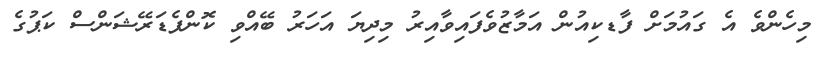
މިހެންވެ އެ ގައުމަށް ފާޑކިއުން އަމާޒުވެފައިވާއިރު މިދިޔަ އަހަރު ބޭއްވި ކޮންފެޑަރޭޝަންސް ކަޕުގެ